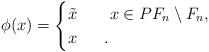
LaTeX: \begin{align*}\phi(x) =\begin{cases}\tilde{x}\ & \ \ x\in PF_{n}\setminus F_{n}, \\x\ & \ .\end{cases}\end{align*}